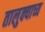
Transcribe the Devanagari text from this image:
तालुक्याच्य